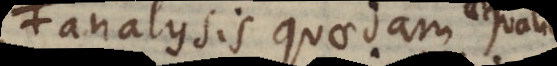
analysis quaedam aequalium